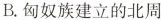
B.匈奴族建立的北周